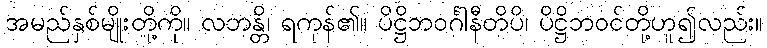
အမည်နှစ်မျိုးတို့ကို။ လဘန္တိ၊ ရကုန်၏။ ပိဋ္ဌိဘဝင်္ဂါနီတိပိ၊ ပိဋ္ဌိဘဝင်တို့ဟူ၍လည်း။